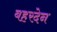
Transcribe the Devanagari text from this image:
बहरदेन